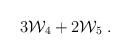
LaTeX: \begin{align*}3 {\cal W}_4 + 2 {\cal W}_5 \;. \end{align*}